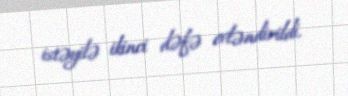
istəyilə ikinci dəfə evləndirildi.